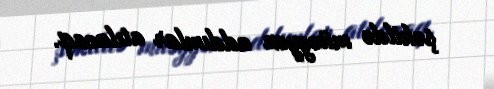
şəkildə müəyyən addımlar atılacaq.